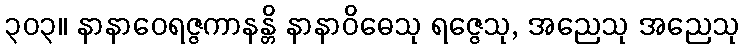
၃၀၃။ နာနာဝေရဇ္ဇကာနန္တိ နာနာဝိဓေသု ရဇ္ဇေသု, အညေသု အညေသု